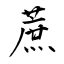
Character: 蔗